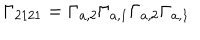
LaTeX: \Gamma _ { 2 1 2 1 } = \Gamma _ { a , 2 } \Gamma _ { a , 1 } \Gamma _ { a , 2 } \Gamma _ { a , 1 }